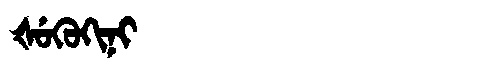
Manchu: ᡧᡠᡴᡠᡴᡳᠨᡳ
Romanization: ŠUKUKINI